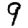
Digit: 9